Lunatic asylums Bombay report 1891-1903 - 1891-1903
Year: 1891
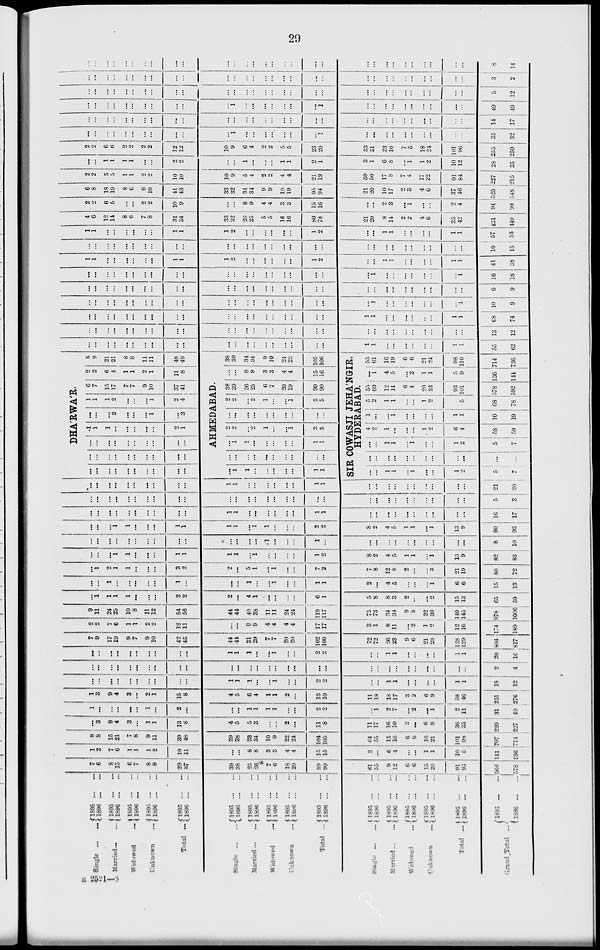
29
Single ... ...
Married ... ...
Widowed
...
Unknown ...
Total ...
Single
...
...
Married ... ...
Widowed
...
Unknown ...
Total ...
Single ... ...
Married ... ...
Widowed ...
Unknown
...
Total ...
Grand Total
...
1895
...
...
1896 ... ...
1895
...
...
1896
...
...
1895
...
...
1896 ... ...
1895
...
...
1896
...
...
1895
...
...
1896
...
...
1895 ... ...
1896
...
...
1895
...
...
1896
...
...
1895
...
...
1896
...
...
1895
...
...
1896 ... ...
1895
...
...
1896
...
...
1895
...
...
1896
...
...
1895
...
...
1896
...
...
1895
...
...
1896
...
...
1895
...
...
1896
...
...
1895
...
...
1896
...
...
1895
...
...
1896
...
...
7
6
8
15
6
7
8
9
29
37
39
38
25
26
7
6
18
20
89
90
61
55
9
12
6
6
15
20
91
93
566
578
1
2
7
6
1
1
1
2
10
11
...
...
8
8
3
3
4
4
15
15
3
...
6
4
...
...
1
l
10
5
141
136
8
8
15
21
7
8
9
11
39
48
39
38
33
34
10
9
22
24
104
105
64
55
15
16
6
6
16
21
101
98
707
714
...
3
9
4
3
...
1
1
13
8
4
5
5
3
...
...
2
...
11
8
11
17
16
10
3
...
6
8
36
35
220
227
1
...
...
...
...
...
1
...
2
...
...
...
1
1
1
1
...
...
2
2
...
1
2
7
...
2
...
1
2
11
31
49
1
3
9
4
3
...
2
1
15
8
4
5
6
4
1
1
2
...
13
10
11
18
18
17
3
2
6
9
38
46
251
276
...
...
...
...
...
...
...
...
...
...
1
1
1
...
...
1
...
...
2
2
...
...
1
1
...
...
...
...
1
1
18
12
...
...
...
...
...
...
...
...
...
...
...
...
...
...
...
...
...
...
...
...
...
...
...
...
...
...
...
...
...
...
2
4
...
...
...
...
...
...
...
...
...
...
1
1
1
...
...
1
...
...
2
2
...
...
1
1
...
...
...
...
1
1
20
16
7
9
17
19
9
7
9
10
42
45
44
44
31
29
7
7
20
20
102
100
72
72
26
23
9
6
21
28
128
129
804
817
2
2
7
6
1
1
2
2
12
11
...
...
9
9
4
4
4
4
17
17
3
1
8
11
...
2
1
9
12
16
174
189
9
11
24
25
10
8
11
12
54
56
44
44
40
38
11
11
24
24
119
117
75
73
34
34
9
8
22
30
140
145
978
1006
...
1
1
1
1
...
...
...
2
2
2
...
4
1
...
...
...
...
6
1
5
8
8
3
2
...
...
2
15
13
65
59
...
...
1
...
...
...
...
...
1
...
...
...
1
...
...
1
...
...
1
1
2
...
4
5
...
...
...
1
6
6
15
13
...
1
2
1
1
...
...
...
3
2
2
...
5
1
...
1
...
...
7
2
7
8
12
8
2
...
...
3
21
19
80
72
...
...
...
1
1
...
...
...
1
1
1
1
...
1
...
...
...
...
1
2
8
2
4
5
1
1
...
1
13
9
82
83
...
...
...
...
...
...
...
...
...
...
...
...
...
...
1
...
...
...
1
...
...
...
...
...
...
...
...
...
...
...
8
10
...
...
...
1
1
...
...
...
1
1
1
1
...
1
1
...
...
...
2
2
8
2
4
5
1
1
...
1
13
9
90
93
...
...
...
...
...
...
...
...
...
...
1
1
...
...
...
...
...
...
1
1
...
...
...
...
...
...
...
...
...
...
16
17
...
...
...
...
...
...
...
...
...
...
...
...
...
...
...
...
...
...
...
...
...
...
...
...
...
...
...
...
...
...
5
3
...
...
...
...
...
...
...
...
...
...
1
1
...
...
...
...
...
...
1
1
...
...
...
...
...
...
...
...
...
...
21
20
DHÁRWÁR.
...
...
...
...
...
...
...
...
...
...
...
...
...
...
...
...
...
...
...
...
...
...
...
...
...
...
...
...
...
...
1
1
1
...
...
...
...
...
2
1
...
...
...
2
...
...
...
1
...
3
1
1
1
2
...
...
...
1
2
4
6
7
15
17
7
7
9
10
37
41
2
2
6
4
1
1
2
1
11
8
8
9
21
21
8
8
11
11
48
49
AHMEDABAD.
...
1
1
...
...
...
...
...
1
1
...
...
...
...
...
...
...
...
...
...
...
1
1
...
...
...
...
...
1
1
2
2
...
2
1
...
1
3
5
...
...
...
...
...
...
...
...
...
...
2
2
...
2
1
...
...
1
3
5
38
39
26
25
6
7
20
19
90
90
...
...
8
9
3
3
4
4
15
16
38
39
34
34
9
10
24
23
105
106
SIR COWASJI JEHÁNGIR,
HYDERABAD.
...
...
1
1
...
1
...
...
1
2
5
7
...
...
...
...
...
...
...
...
...
...
...
...
...
...
1
1
...
1
...
...
1
2
5
7
4
2
1
...
...
...
1
2
6
4
58
59
1
...
...
1
...
...
...
1
1
10
19
6
2
1
1
...
...
1
2
7
5
68
78
55
60
12
14
6
4
20
23
93
101
578
592
...
1
4
5
...
2
1
1
5
9
136
144
55
61
16
19
6
6
21
24
98
110
714
736
...
...
...
...
...
...
...
...
...
...
...
...
...
...
...
...
...
...
...
...
1
1
...
...
...
...
...
...
1
1
55
62
...
...
...
...
...
...
...
...
...
...
...
...
...
...
...
...
...
...
...
...
...
...
...
...
...
...
...
...
...
...
13
12
...
...
...
...
...
...
...
...
...
...
...
...
...
...
...
...
...
...
...
...
1
1
...
...
...
...
...
...
1
1
68
74
...
...
...
...
...
...
...
...
...
...
...
...
...
...
...
...
...
...
...
...
...
1
...
...
...
...
...
...
...
1
10
9
...
...
...
...
...
...
...
...
...
...
...
...
...
...
...
...
...
...
...
...
...
...
...
...
...
...
...
...
...
...
6
9
...
...
...
...
...
...
...
...
...
...
...
...
...
...
...
...
...
...
...
...
...
1
...
...
...
...
...
...
...
1
16
18
1
1
...
...
...
...
...
...
1
1
1
2
...
...
...
...
...
...
1
2
...
...
1
1
...
...
...
...
1
1
41
38
...
...
...
...
...
...
...
...
...
...
...
...
...
...
...
...
...
...
...
...
...
...
...
...
...
...
...
...
...
...
16
15
1
1
...
...
...
...
...
...
1
1
1
2
...
...
...
...
...
...
1
2
...
...
1
1
...
...
...
...
1
1
57
53
4
6
12
14
8
6
7
8
31
34
33
32
26
25
5
5
16
16
80
78
21
20
8
14
2
2
4
6
35
42
431
449
2
2
6
5
...
...
2
2
10
9
...
...
8
9
4
4
3
3
15
16
...
...
2
3
...
1
...
...
2
4
94
99
6
8
18
19
8
6
9
10
41
43
33
32
34
34
9
9
19
19
95
94
21
20
10
17
2
3
4
6
37
46
525
548
2
2
5
5
1
1
2
2
10
10
10
9
5
4
2
2
4
4
21
19
50
50
17
8
7
4
17
22
91
84
227
215
...
...
1
1
1
1
...
...
2
2
...
...
1
...
...
...
1
1
2
1
3
1
6
8
...
1
1
2
10
12
28
35
2
2
6
6
2
2
2
2
12
12
10
9
6
4
2
2
5
5
23
20
53
51
23
16
7
5
18
24
101
96
255
250
...
...
...
...
...
...
...
...
...
...
...
1
...
...
...
...
...
...
...
1
...
...
...
...
...
...
...
...
...
...
35
32
...
...
...
...
...
...
...
...
...
...
...
...
...
...
...
...
...
...
...
...
...
...
...
...
...
...
...
...
...
...
14
17
...
...
...
...
...
...
...
...
...
...
...
1
...
...
...
...
...
...
...
1
...
...
...
...
...
...
...
...
...
...
49
49
...
...
...
...
...
...
...
...
...
...
...
...
...
...
...
...
...
...
...
...
...
...
...
...
...
...
...
...
...
...
5
12
...
...
...
...
...
...
...
...
...
...
...
...
...
...
...
...
...
...
...
...
...
...
...
...
...
...
...
...
...
...
3
2
...
...
...
...
...
...
...
...
...
...
...
...
...
...
...
...
...
...
...
...
...
...
...
...
...
...
...
...
...
...
8
14
B 2521—8